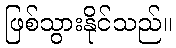
ဖြစ်သွားနိုင်သည်။